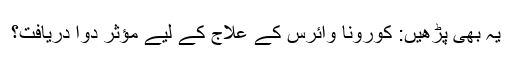
یہ بھی پڑھیں: کورونا وائرس کے علاج کے لیے مؤثر دوا دریافت؟